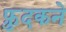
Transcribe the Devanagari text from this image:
फ़ुदकने